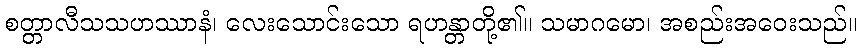
စတ္တာလီသသဟဿာနံ၊ လေးသောင်းသော ရဟန္တာတို့၏။ သမာဂမော၊ အစည်းအဝေးသည်။